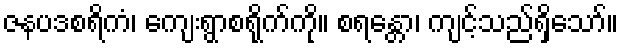
ဇနပဒစရိကံ၊ ကျေးရွာစရိုက်ကို။ စရန္တော၊ ကျင့်သည်ရှိသော်။